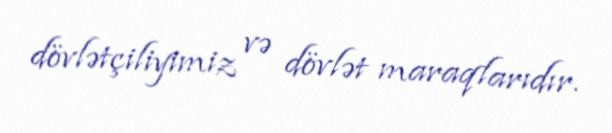
dövlətçiliyimiz və dövlət maraqlarıdır.